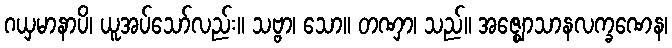
ဂယှမာနာပိ၊ ယူအပ်သော်လည်း။ သဗ္ဗာ၊ သော။ တဏှာ၊ သည်။ အဇ္ဈောသာနလက္ခဏေန၊